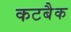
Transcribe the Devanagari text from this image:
कटबैक